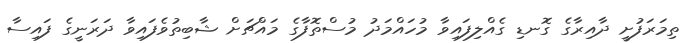
ތިމަރަފުށީ ދާއިރާގެ ގޮނޑި ގެއްލިފައިވާ މުހައްމަދު މުސްތޮފާގެ މައްޗަށް ޝާބިތުވެފައިވާ ދަރަނީގެ ފައިސާ